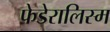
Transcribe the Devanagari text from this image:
फेडेरालिस्म